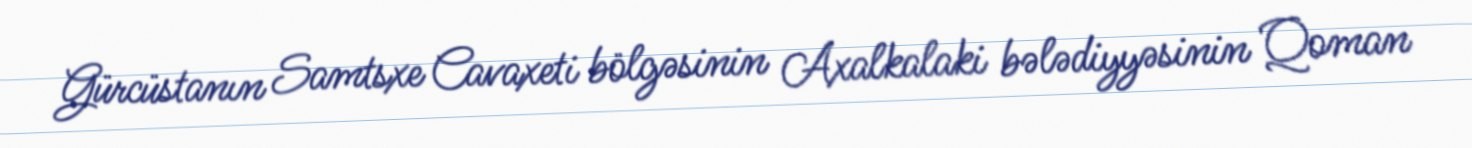
Gürcüstanın Samtsxe Cavaxeti bölgəsinin Axalkalaki bələdiyyəsinin Qoman